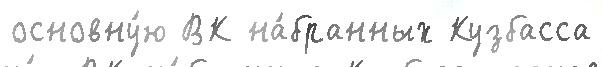
основну́ю ВК на́бранных Кузбасса